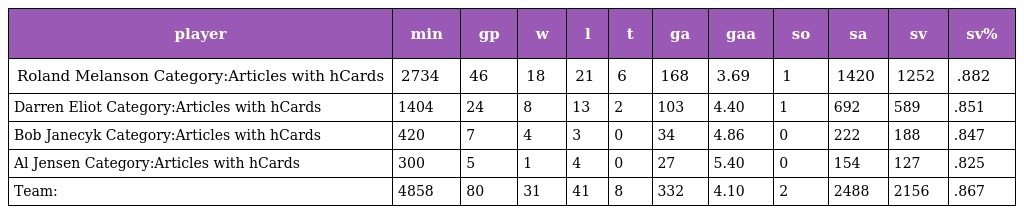
| player | min | gp | w | l | t | ga | gaa | so | sa | sv | sv% |
 | --- | --- | --- | --- | --- | --- | --- | --- | --- | --- | --- | --- |
 | Roland Melanson Category:Articles with hCards | 2734 | 46 | 18 | 21 | 6 | 168 | 3.69 | 1 | 1420 | 1252 | .882 |
 | Darren Eliot Category:Articles with hCards | 1404 | 24 | 8 | 13 | 2 | 103 | 4.40 | 1 | 692 | 589 | .851 |
 | Bob Janecyk Category:Articles with hCards | 420 | 7 | 4 | 3 | 0 | 34 | 4.86 | 0 | 222 | 188 | .847 |
 | Al Jensen Category:Articles with hCards | 300 | 5 | 1 | 4 | 0 | 27 | 5.40 | 0 | 154 | 127 | .825 |
 | Team: | 4858 | 80 | 31 | 41 | 8 | 332 | 4.10 | 2 | 2488 | 2156 | .867 |